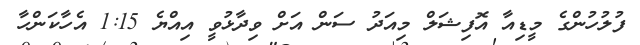
ފުލުހުންގެ މީޑިއާ އޮފިޝަލް މިއަދު ސަން އަށް ވިދާޅުވީ އިއްޔެ 1:15 އެހާކަންހާ